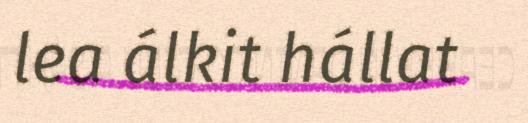
lea álkit hállat